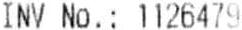
INV NO. : 1126479